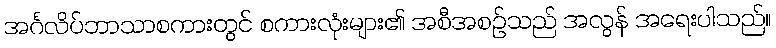
အင်္ဂလိပ်ဘာသာစကားတွင် စကားလုံးများ၏ အစီအစဉ်သည် အလွန် အရေးပါသည်။